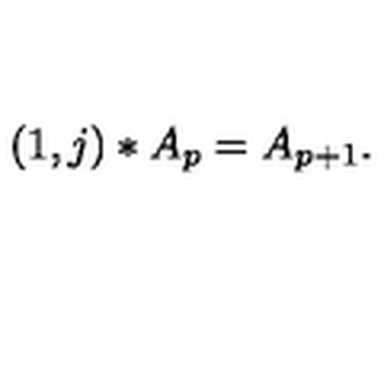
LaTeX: \left( 1 , j \right) \ast A _ { p } = A _ { p + 1 } .